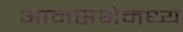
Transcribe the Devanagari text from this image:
आमसभेमध्ये